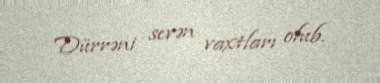
Dürrəni sevən vaxtları olub.